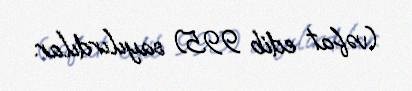
(vəfat edib 995) sayılırdılar.